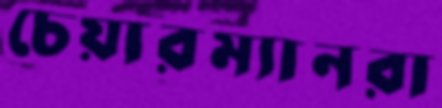
চেয়ারম্যানরা